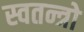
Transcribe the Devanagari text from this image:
स्वतन्त्रो